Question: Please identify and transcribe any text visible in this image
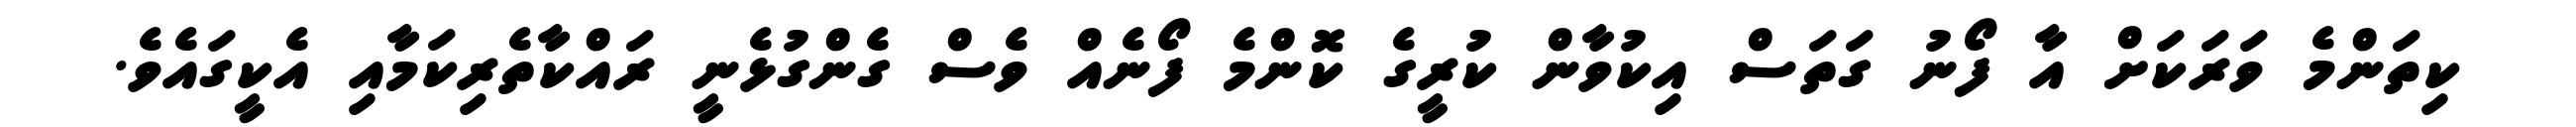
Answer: ކިތަންމެ ވަރަކަށް އާ ފޯނު ގަތަސް އިކުވާން ކުރީގެ ކޮންމެ ފޯނެއް ވެސް ގެންގުޅެނީ ރައްކާތެރިކަމާއި އެކީގައެވެ.